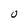
Character: O